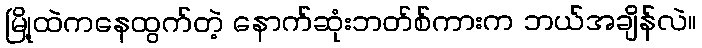
မြို့ထဲကနေထွက်တဲ့ နောက်ဆုံးဘတ်စ်ကားက ဘယ်အချိန်လဲ။